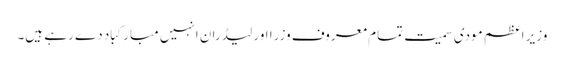
وزیر اعظم مودی سمیت تمام معروف وزرا اور لیڈران انہیں مبارکباد دے رہے ہیں۔